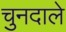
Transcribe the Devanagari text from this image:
चुनदाले